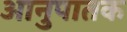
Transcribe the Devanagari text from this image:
आनुपातक